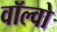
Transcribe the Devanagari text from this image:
वॉल्‍वो